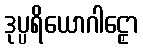
ဒုပ္ပရိယောဂါဠှော